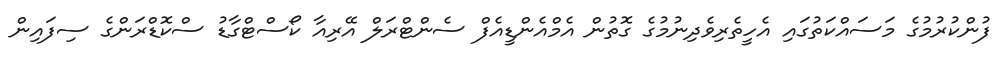
ފުންކުރުމުގެ މަސައްކަތުގައި އެހީތެރިވެދިނުމުގެ ގޮތުން އެމްއެންޑީއެފް ސެންޓްރަލް އޭރިއާ ކޯސްޓްގާޑު ސްކޮޑްރަންގެ ސިފައިން